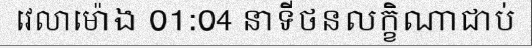
វេលាម៉ោង 01:04 នាទីថនលក្ខិណាជាប់